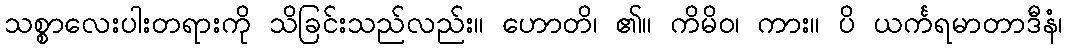
သစ္စာလေးပါးတရားကို သိခြင်းသည်လည်း။ ဟောတိ၊ ၏။ ကိမိဝ၊ ကား။ ပိ ယင်္ကရမာတာဒီနံ၊